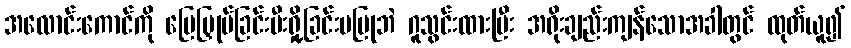
အလောင်းကောင်ကို မြေမြှုပ်ခြင်းမီးရှို့ခြင်းမပြုဘဲ ဂူသွင်းထားပြီး အရိုးချည်းကျန်သောအခါတွင် ထုတ်ယူ၍